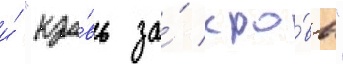
и́ "кро́вь за́ кро́вь"